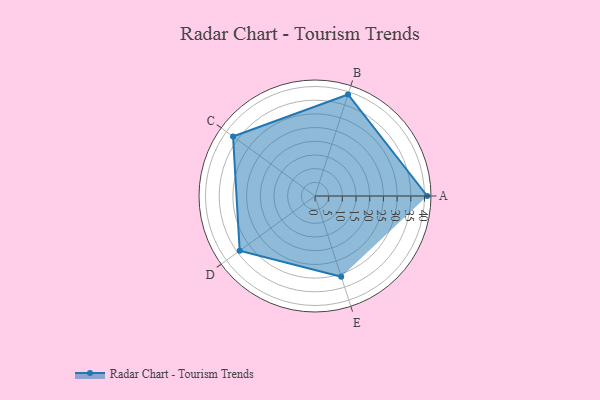
{"axis": {"x": "Skill", "y": "Score"}, "legend": ["Profile"], "data": [{"x": "A", "y": 41.0, "type": "Profile"}, {"x": "B", "y": 39.0, "type": "Profile"}, {"x": "C", "y": 37.0, "type": "Profile"}, {"x": "D", "y": 34.0, "type": "Profile"}, {"x": "E", "y": 31.0, "type": "Profile"}]}